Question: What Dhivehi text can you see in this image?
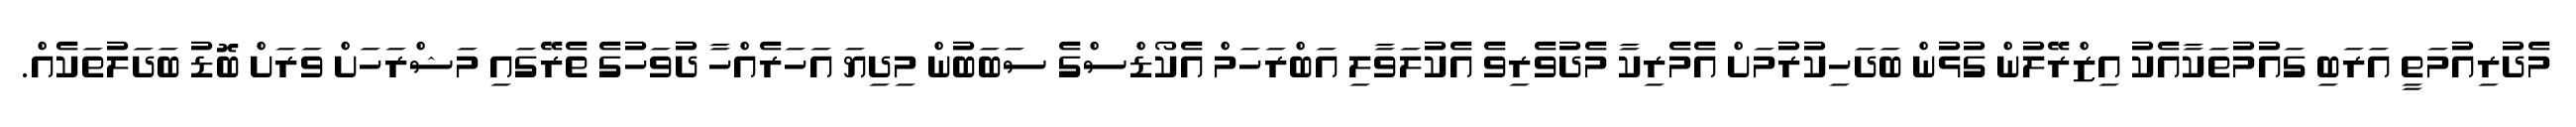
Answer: މެދުރިއުމަތީ އަރަބި ގައުމުތަކާއެކު އިޒްރޭލުން ގުޅުން ބަދަހިކުރުމަށް އެމެރިކާ މެދުވެރިވެ އެކުލަވާލި އަބްރަހަމް އެކޯޑްސްގެ ސަބަބުން މިދިޔަ އަހަރެއްހާ ދުވަހުގެ ތެރޭގައި މަޝްރަހަށް ވަރަށް ބޮޑު ބަދަލުތަކެއް.